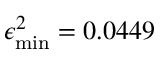
\epsilon _ { \mathrm { m i n } } ^ { 2 } = 0 . 0 4 4 9